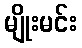
မျိုးမင်း